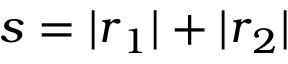
s = | \boldsymbol { r } _ { 1 } | + | \boldsymbol { r } _ { 2 } |